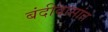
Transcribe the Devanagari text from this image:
बंदीवासांत